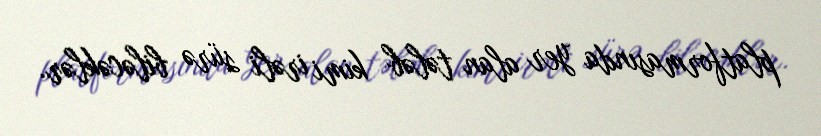
platformasında yer alan tələb kimi irəli sürə biləcəklər.